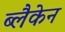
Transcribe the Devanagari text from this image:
ब्लैकेन